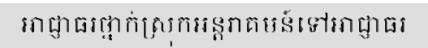
អាជ្ញាធរថ្នាក់ស្រុកអន្តរាគមន៍ទៅអាជ្ញាធរ